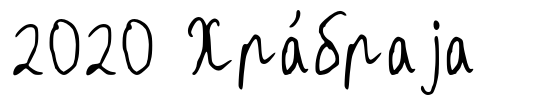
2020 Хра́браjа